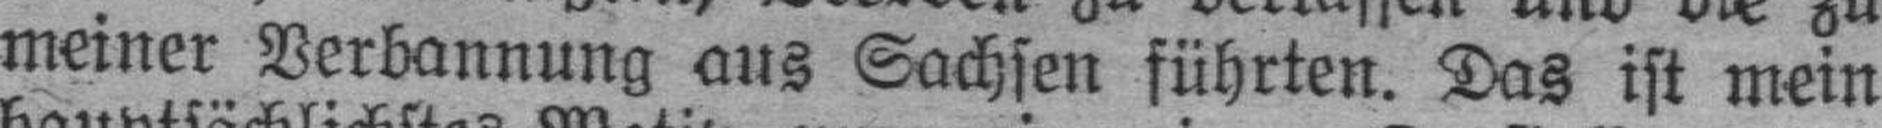
meiner Verbannung aus Sachsen führten. Das ist mein